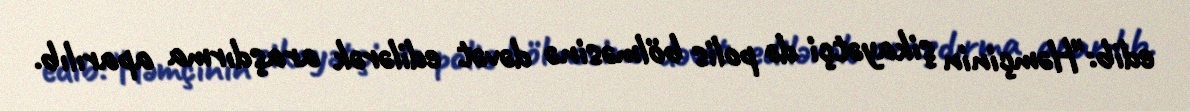
edib:"Həmçinin şikayətçi də polis bölməsinə dəvət edilərək araşdırma aparılıb.